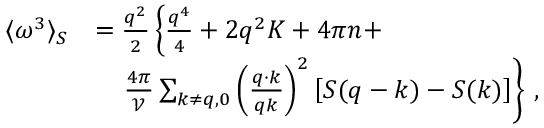
\begin{array} { r l } { \langle \omega ^ { 3 } \rangle _ { S } } & { = \frac { { q } ^ { 2 } } { 2 } \left\{ \frac { q ^ { 4 } } { 4 } + 2 q ^ { 2 } { K } + 4 \pi { n } + \right. } \\ & { \quad \left. \frac { 4 \pi } { \mathcal { V } } \sum _ { \boldsymbol { k } \neq \boldsymbol { q } , 0 } \left( \frac { \boldsymbol { q } \cdot \boldsymbol { k } } { q k } \right) ^ { 2 } \left[ S ( \boldsymbol { q } - \boldsymbol { k } ) - S ( \boldsymbol { k } ) \right] \right\} \, , } \end{array}